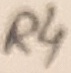
Text: R4